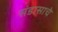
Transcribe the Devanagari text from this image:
संडासाचे